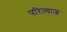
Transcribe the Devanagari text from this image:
परित्याज